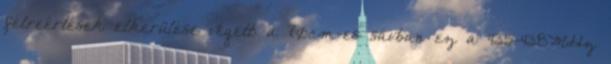
félreértések elkerülése végett: a 70cm-es sávban ez a 435-438MHz